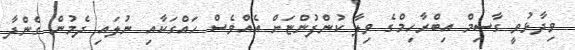
ވިދާޅުވީ ގާސިމް އިބްރާހިމްގެ ވިލާ ކުންފުންޏަށް އެއްވެސް ހައްގަކާއި ނުލައި ދެމުން ގެންދާ